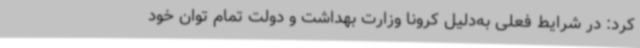
کرد: در شرایط فعلی به‌دلیل کرونا وزارت بهداشت و دولت تمام توان خود